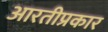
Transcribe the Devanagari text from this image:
आरतीप्रकार